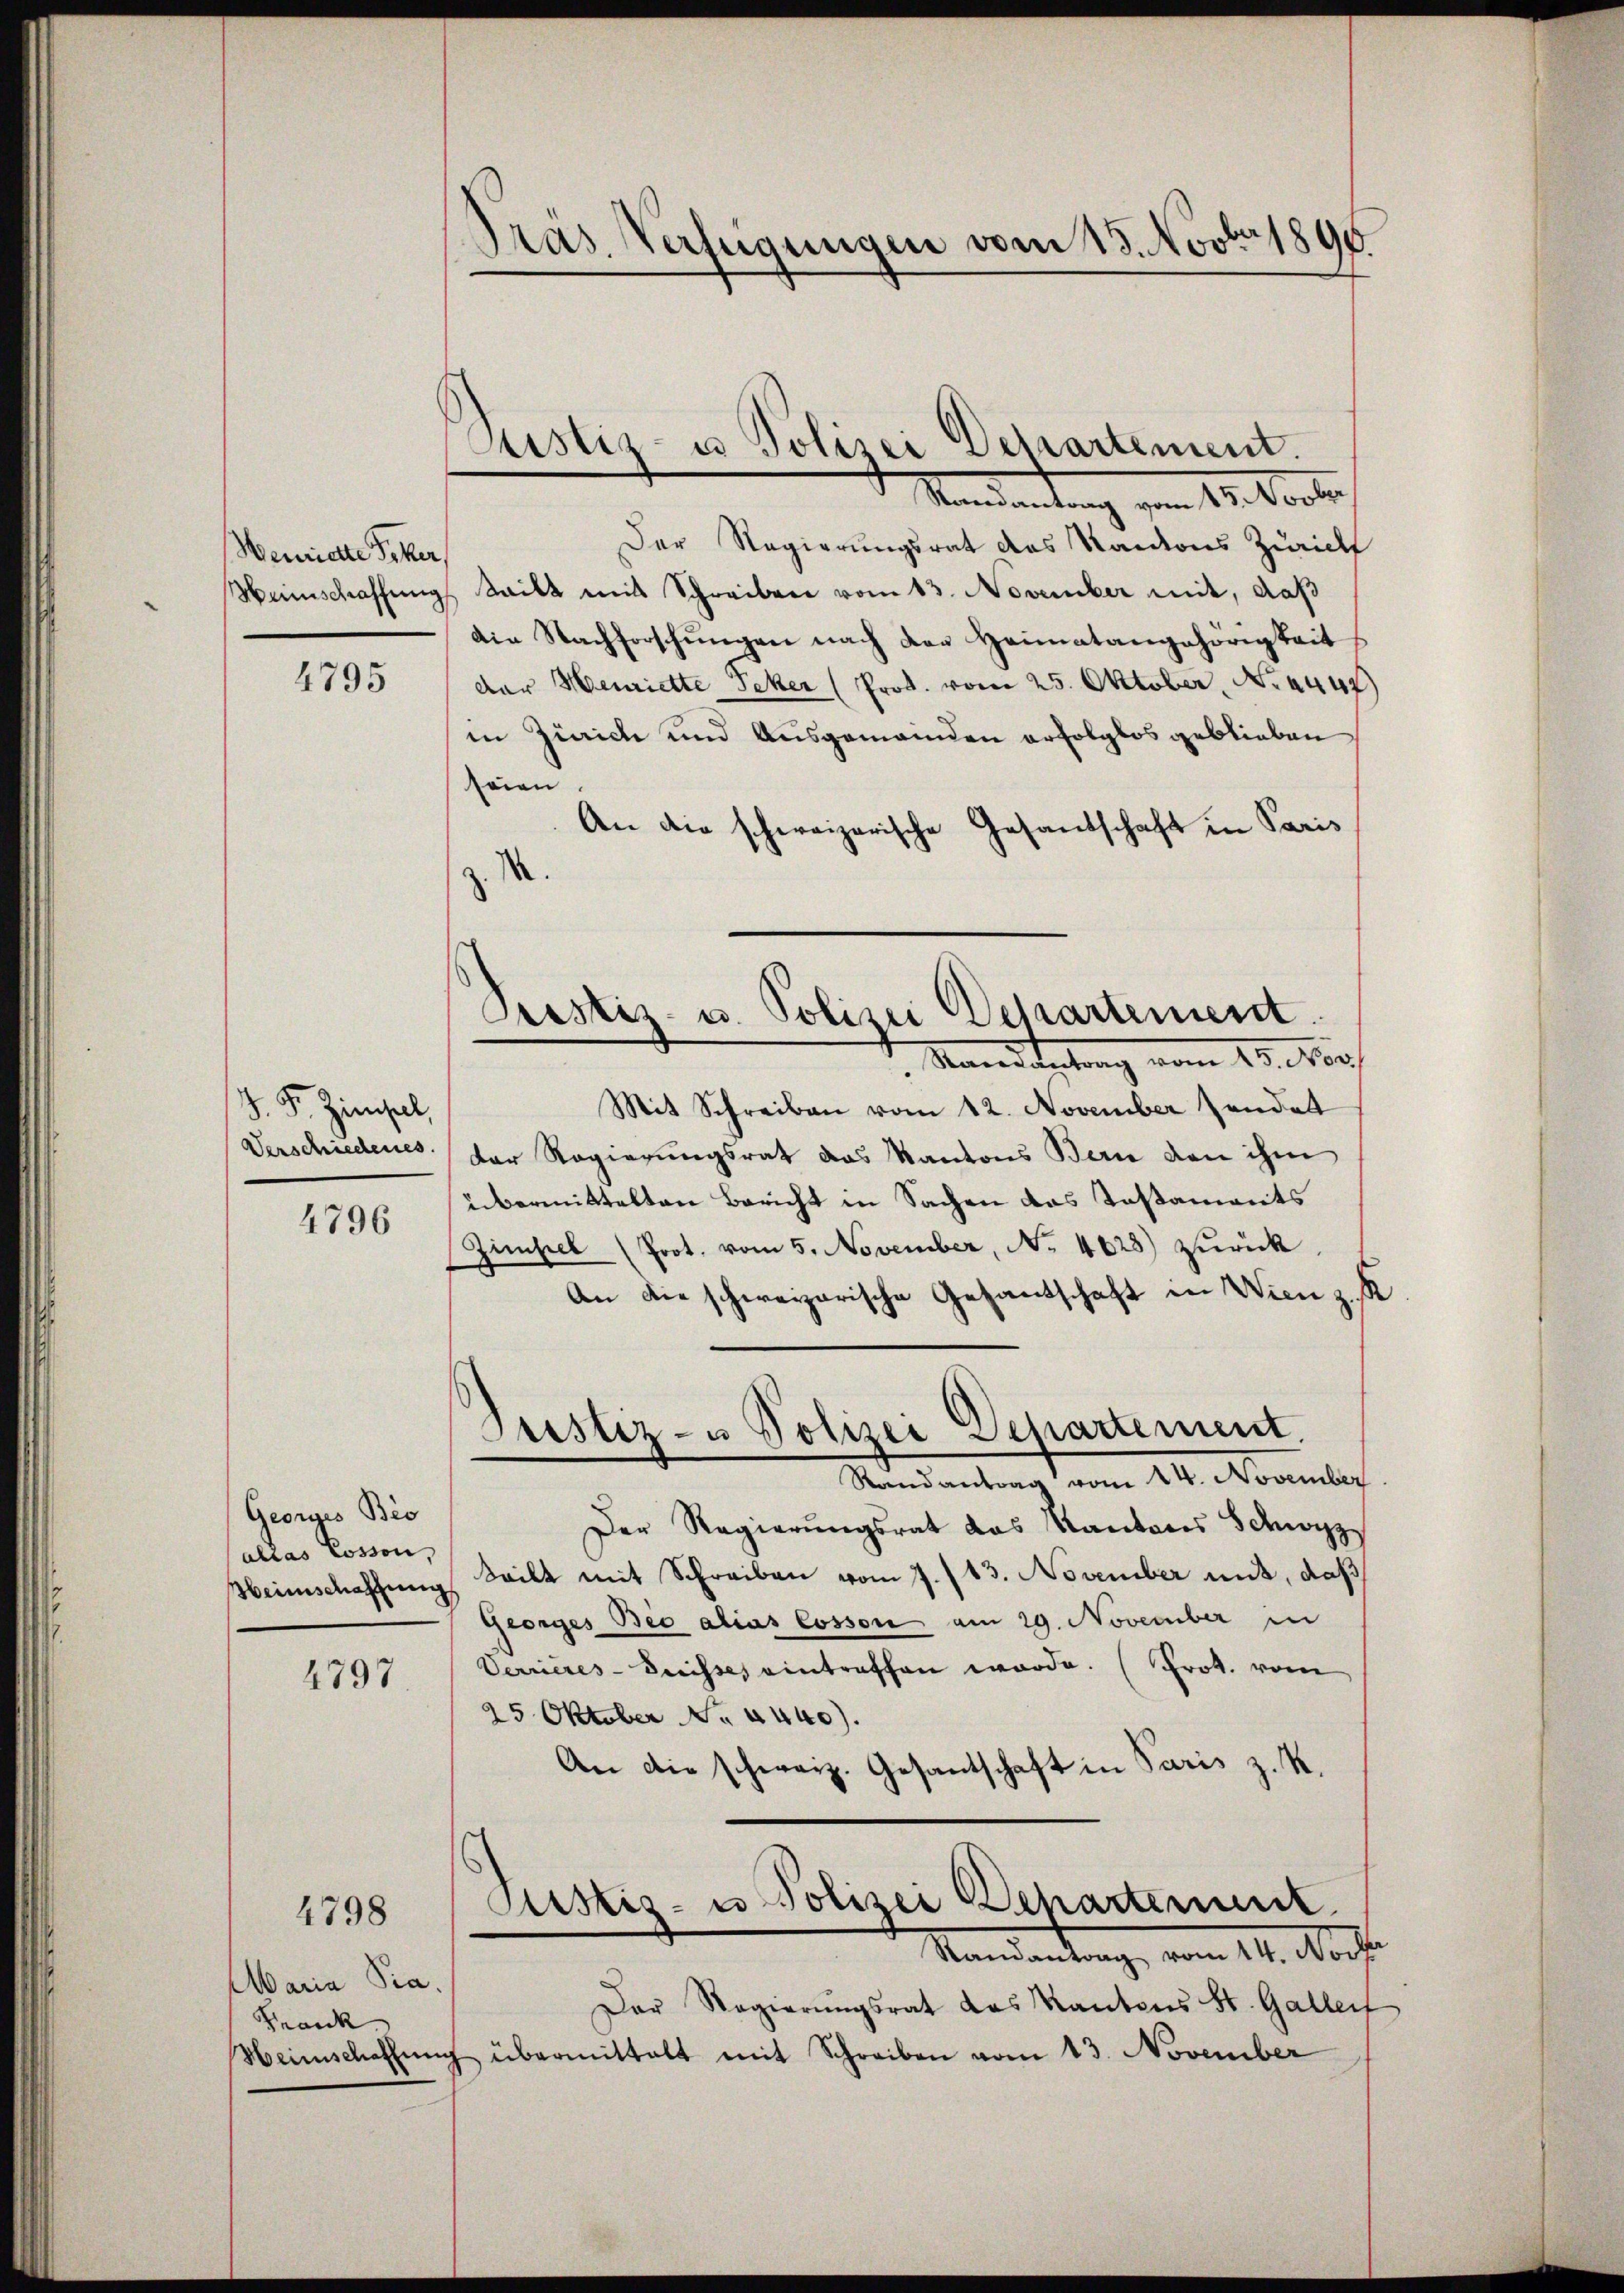
Wenriete Piker,

4795

J.F. Zinsel,
4796

Georges Bis
altas Cosson,

4797.

4798

Maria Pia.
Frank

Pras. Verfügungen vom 18. Novbr. 1890

d Mandantung vom 11. Vertr
Der Regierungsrat des Kantons Züricht
Weinschaffung teilt mit Schreiben vom 13. November mit, daß
die Nachforschungen nach der Heimatangehörigkeits
der Henriette Seker (Prok. vom 25. Oktober, No. 4444)
in Zürich und Ausgemeinden erfolglos geblieben
seien.
An die schweizerische Gesandschaft in Paris
s
Macedirtung vom 20. Nor
Mit Schreiben vom 12. November sendet
Verschiedenes der Regierungsrath das Kantons Bern den ihm
übermittelten Bericht in Sachen das Testaments
Zimpel (Prot. vom 5. November, No. 4628) zŭrück.
An die schweizerische Gesantschaft in Wien z. K.
Justiz- u Polizei Departement.
Randantrag vom 14. November
Der Regierungsrat das Kantons Schwyz
Heimschaffung teilt mit Schreiben vom 7./13. November mit, daß
Georges Bio alias Cosson am 29. November in
Verrieres-drisses eintreffen werde. (Prot. vom
25. Oktober No. 4440).
An die schweiz. Gesantschaft in Paris z. K.
)
Custiz- u. Polizei Departement
Mandantung vom 11. Nacht.
Der Regierŭngsrat das Kantons St. Galler
Heimschaffŭng übermittalt mit Schreiben vom 13. November

Justiz- u Polizei Departement.

Prestiz- u. Polizei Departement.